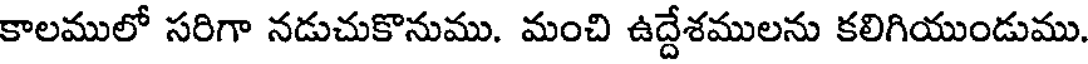
కాలములో సరిగా నడుచుకొనుము. మంచి ఉద్దేశములను కలిగియుండుము.